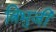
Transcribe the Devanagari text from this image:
त्रिभुजी